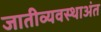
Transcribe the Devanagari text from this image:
जातीव्यवस्थाअंत